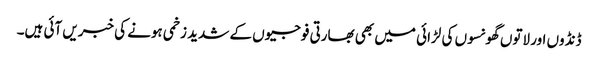
ڈنڈوں اور لاتوں گھونسوں کی لڑائی میں بھی بھارتی فوجیوں کے شدید زخمی ہونے کی خبریں آئی ہیں۔